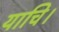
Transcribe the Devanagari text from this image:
याचि।